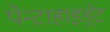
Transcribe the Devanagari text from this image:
पेन्टाहाइड्रेट